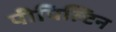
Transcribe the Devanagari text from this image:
पीपिल्टिन